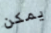
يمكن